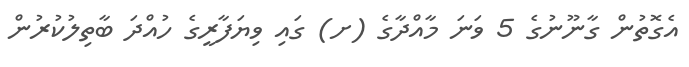
އެގޮތުން ގާނޫނުގެ 5 ވަނަ މާއްދާގެ (ށ) ގައި ވިޔަފާރީގެ ހުއްދަ ބާތިލުކުރުން